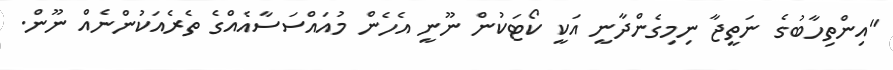
"އިންތިހާބުގެ ނަތީޖާ ނިމިގެންދާނީ އަކީ ކޯޓަކުން ނޫނީ އެހެން މުއައްސަސާއެއްގެ ތެރެއަކުންނެއް ނޫން.